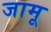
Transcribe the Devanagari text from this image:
जामू